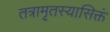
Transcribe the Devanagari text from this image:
तत्रामृतस्यासिक्तं